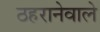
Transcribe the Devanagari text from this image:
ठहरानेवाले